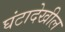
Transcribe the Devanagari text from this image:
घंटादेखील